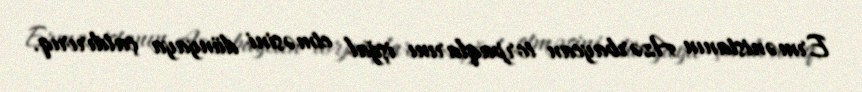
Ermənistanın Azərbaycan torpaqlarını işğal etməsini dünyaya çatdırırıq.